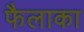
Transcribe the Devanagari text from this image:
फैलाका